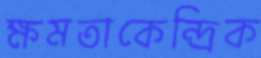
ক্ষমতাকেন্দ্রিক